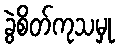
ခွဲစိတ်ကုသမှု